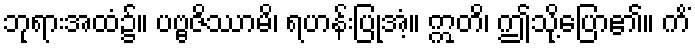
ဘုရားအထံ၌။ ပဗ္ဗဇိဿာမိ၊ ရဟန်းပြုအံ့။ ဣတိ၊ ဤသို့ပြော၏။ ကိံ